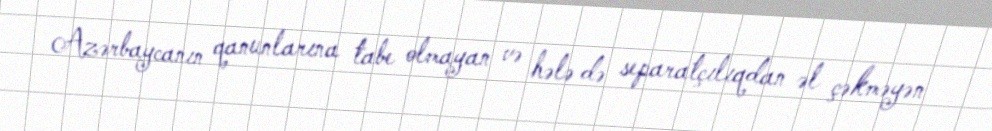
Azərbaycanın qanunlarına tabe olmayan və hələ də separatçılıqdan əl çəkməyən